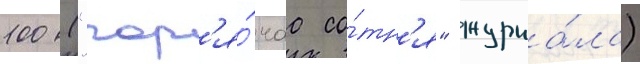
100 ("гор'я́чаа со́тн'я" журна́ла)